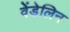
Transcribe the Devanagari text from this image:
वेंडेलिन